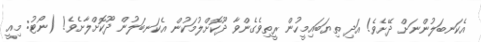
އެކަނބަލުންނަށް ދޭށެވެ! އަދި ތިޔަބައިމީހުން ރީތިވެގެންވާ ދޫކޮށްލުމަކުން އެކަނބަލުން ދޫކޮށްލާށެވެ! (ނޯޓު: މިއީ